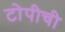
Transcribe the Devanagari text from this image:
टोपीची